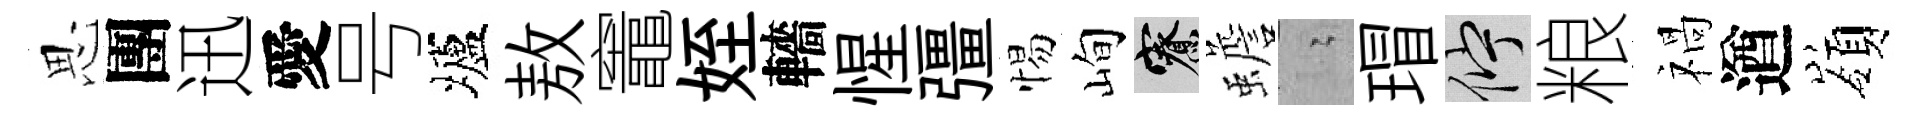
思團迅愛号壚敖竈姪轖惺彊惕峋寮蟾隐瑁伫粮禍遒嶺